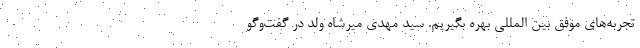
تجربه‌های موفق بین المللی بهره بگیریم. سید مهدی میرشاه ولد در گفت‌وگو